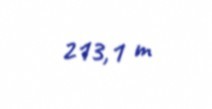
213,1 m